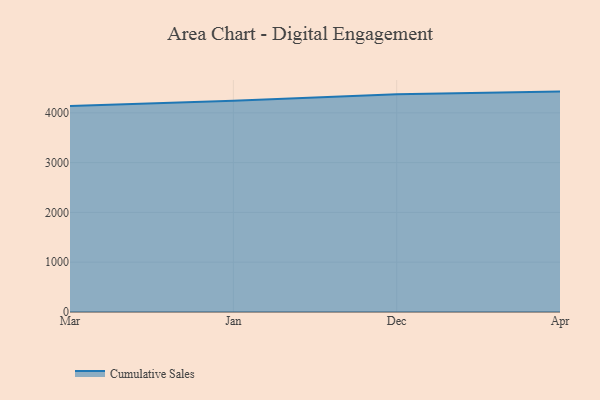
{"axis": {"x": "Month", "y": "Shipments"}, "legend": ["Cumulative Sales"], "data": [{"x": "Mar", "y": 4137.0, "type": "Cumulative Sales"}, {"x": "Jan", "y": 4242.2, "type": "Cumulative Sales"}, {"x": "Dec", "y": 4376.0, "type": "Cumulative Sales"}, {"x": "Apr", "y": 4427.0, "type": "Cumulative Sales"}]}